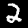
Label: 2